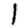
Digit: 1